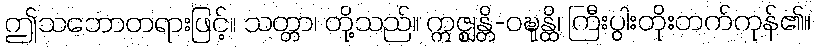
ဤသဘောတရားဖြင့်။ သတ္တာ၊ တို့သည်။ ဣဇ္ဈန္တိ-ဝဍ္ဎုန္ထိ၊ ကြီးပွါးတိုးတက်ကုန်၏။